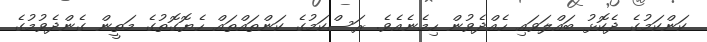
ކަންކަމުގެ ދެކޮޅު ބައްލަވައި ހެއްދެވުން ހިމެނެއެވެ. ރަސްކަމުގެ ކަންތައްތައް ހެޔޮގޮތުގެ މަތީން ގެންދެވުމުގެ